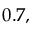
0 . 7 ,